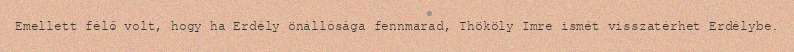
Emellett félő volt, hogy ha Erdély önállósága fennmarad, Thököly Imre ismét visszatérhet Erdélybe.